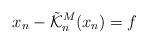
LaTeX: \begin{align*} x_n - \tilde{\mathcal{K}}_n^M (x_n) = f\end{align*}